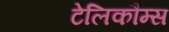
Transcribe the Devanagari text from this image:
टेलिकौम्स